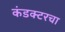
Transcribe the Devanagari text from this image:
कंडक्टरचा